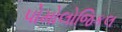
પોમોલોજિકલ